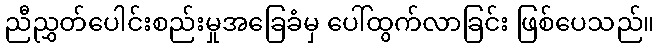
ညီညွှတ်ပေါင်းစည်းမှုအခြေခံမှ ပေါ်ထွက်လာခြင်း ဖြစ်ပေသည်။